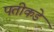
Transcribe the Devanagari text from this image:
पतीकडे